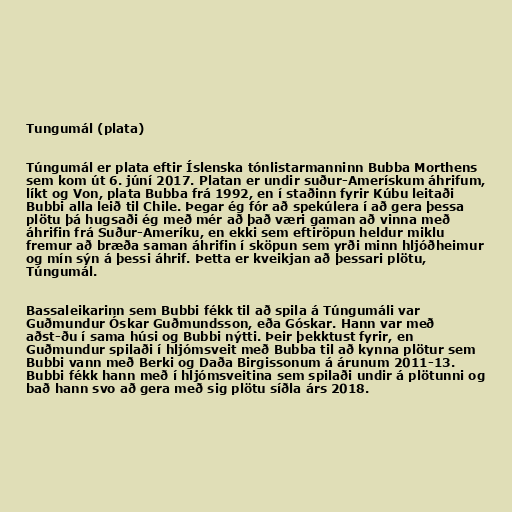
Tungumál (plata)

Túngumál er plata eftir Íslenska tónlistarmanninn Bubba Morthens
sem kom út 6. júní 2017. Platan er undir suður-Amerískum áhrifum,
líkt og Von, plata Bubba frá 1992, en í staðinn fyrir Kúbu leitaði
Bubbi alla leið til Chile. Þegar ég fór að spekúlera í að gera þessa
plötu þá hugsaði ég með mér að það væri gaman að vinna með
áhrifin frá Suður-Ameríku, en ekki sem eftiröpun heldur miklu
fremur að bræða saman áhrifin í sköpun sem yrði minn hljóðheimur
og mín sýn á þessi áhrif. Þetta er kveikjan að þessari plötu,
Túngumál.

Bassaleikarinn sem Bubbi fékk til að spila á Túngumáli var
Guðmundur Óskar Guðmundsson, eða Góskar. Hann var með
aðst-ðu í sama húsi og Bubbi nýtti. Þeir þekktust fyrir, en
Guðmundur spilaði í hljómsveit með Bubba til að kynna plötur sem
Bubbi vann með Berki og Daða Birgissonum á árunum 2011-13.
Bubbi fékk hann með í hljómsveitina sem spilaði undir á plötunni og
bað hann svo að gera með sig plötu síðla árs 2018.